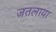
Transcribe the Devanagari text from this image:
जतलाया